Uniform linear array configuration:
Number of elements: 12
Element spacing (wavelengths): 1
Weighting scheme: uniform
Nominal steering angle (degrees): -45
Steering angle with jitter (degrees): -46.38
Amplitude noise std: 0.05
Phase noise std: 0.05

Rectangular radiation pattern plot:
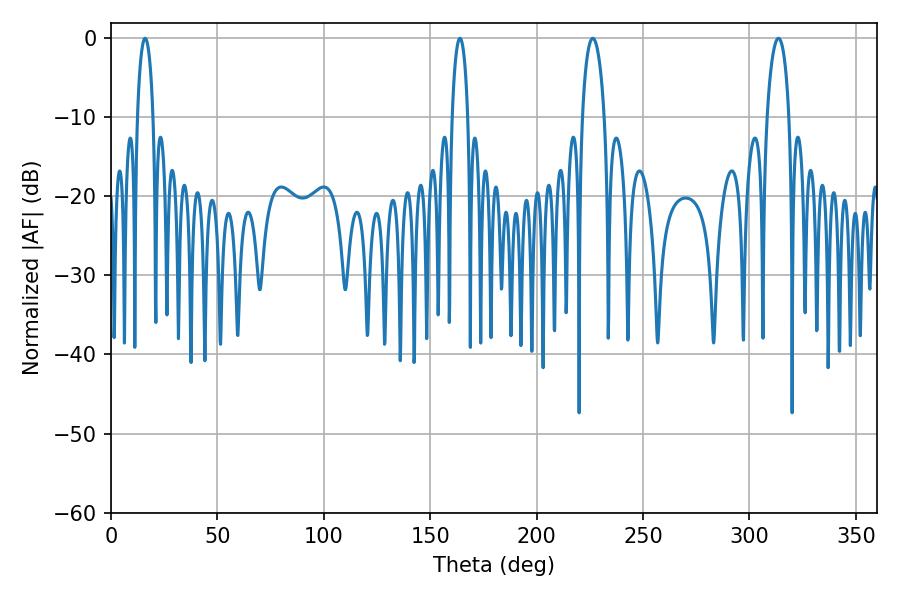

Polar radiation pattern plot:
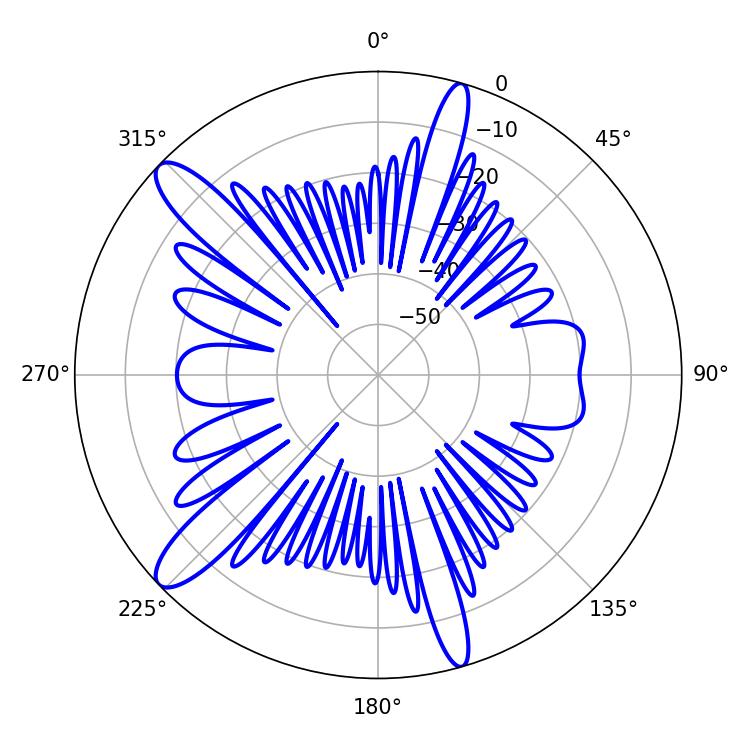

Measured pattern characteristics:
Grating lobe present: TRUE
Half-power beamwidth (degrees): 4.32
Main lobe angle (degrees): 16.02